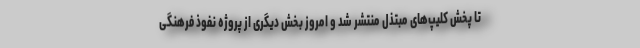
تا پخش کلیپ‌های مبتذل منتشر شد و امروز بخش دیگری از پروژه نفوذ فرهنگی